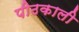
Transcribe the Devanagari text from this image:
पीठकाली